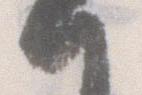
一